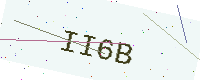
Text: II6B